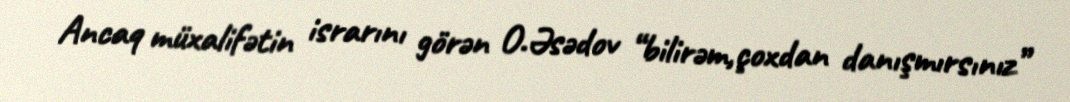
Ancaq müxalifətin israrını görən O.Əsədov “bilirəm,çoxdan danışmırsınız”